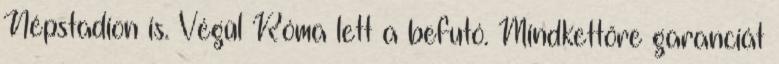
Népstadion is. Végül Róma lett a befutó. Mindkettőre garanciát